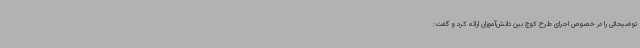
توضیحاتی را در خصوص اجرای طرح کوچ بین دانش‌آموزان ارائه کرد و گفت: